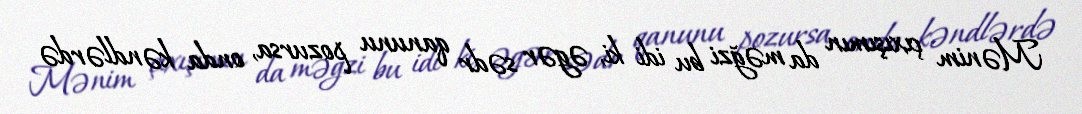
Mənim çıxışımın da məğzi bu idi ki, əgər sədr qanunu pozursa, onda kəndlərdə